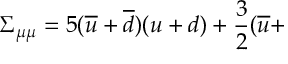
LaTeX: \Sigma _ { \mu \mu } = 5 ( \overline { { { u } } } + \overline { { { d } } } ) ( u + d ) + \frac 3 2 ( \overline { { { u } } } +